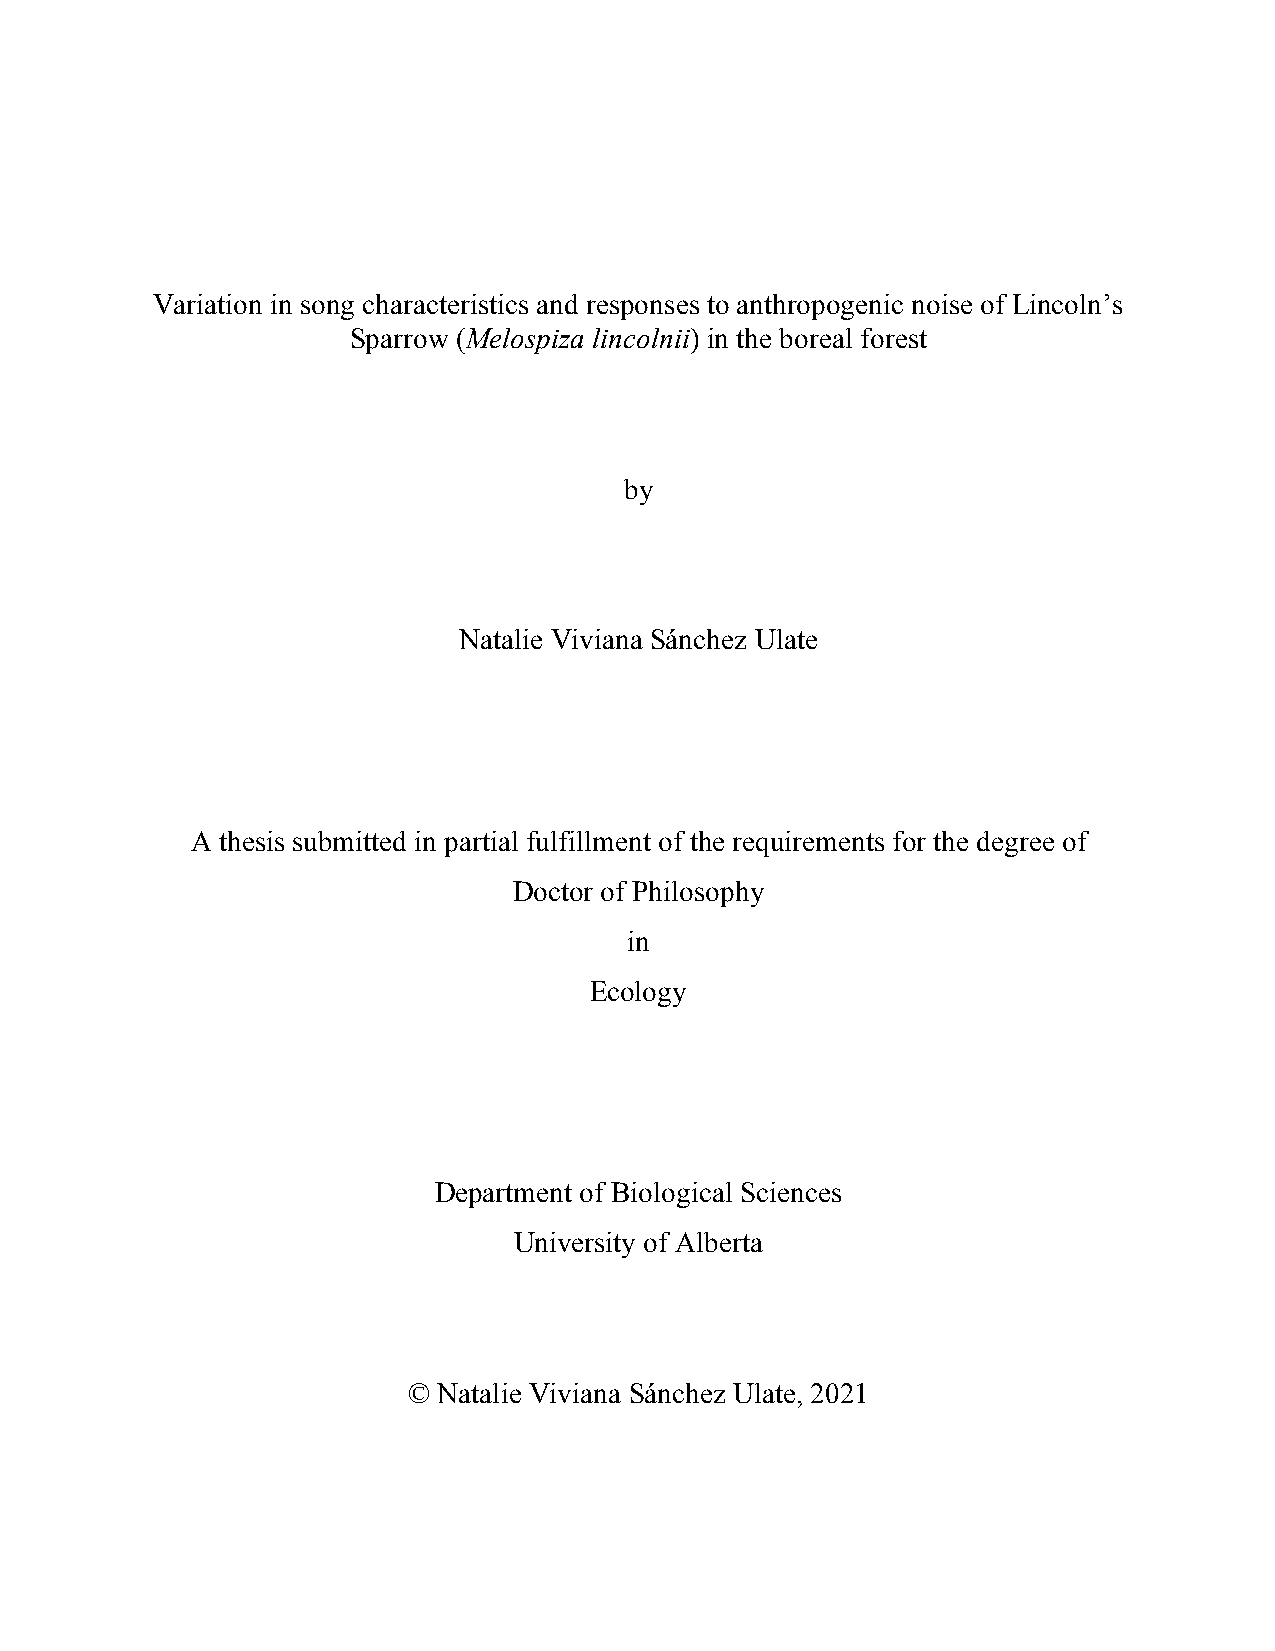
Variation in song characteristics and responses to anthropogenic noise of Lincoln’s
 Sparrow (Melospiza lincolnii) in the boreal forest
 by
 Natalie Viviana Sánchez Ulate
 A thesis submitted in partial fulfillment of the requirements for the degree of
 Doctor of Philosophy
 in
 Ecology
 Department of Biological Sciences
 University of Alberta
 © Natalie Viviana Sánchez Ulate, 2021